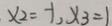
x _ { 2 } = - 1 , x _ { 3 } = 1